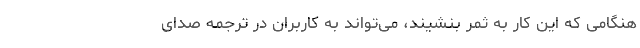
هنگامی که این کار به ثمر بنشیند، می‌تواند به کاربران در ترجمه صدای